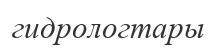
гидрологтары